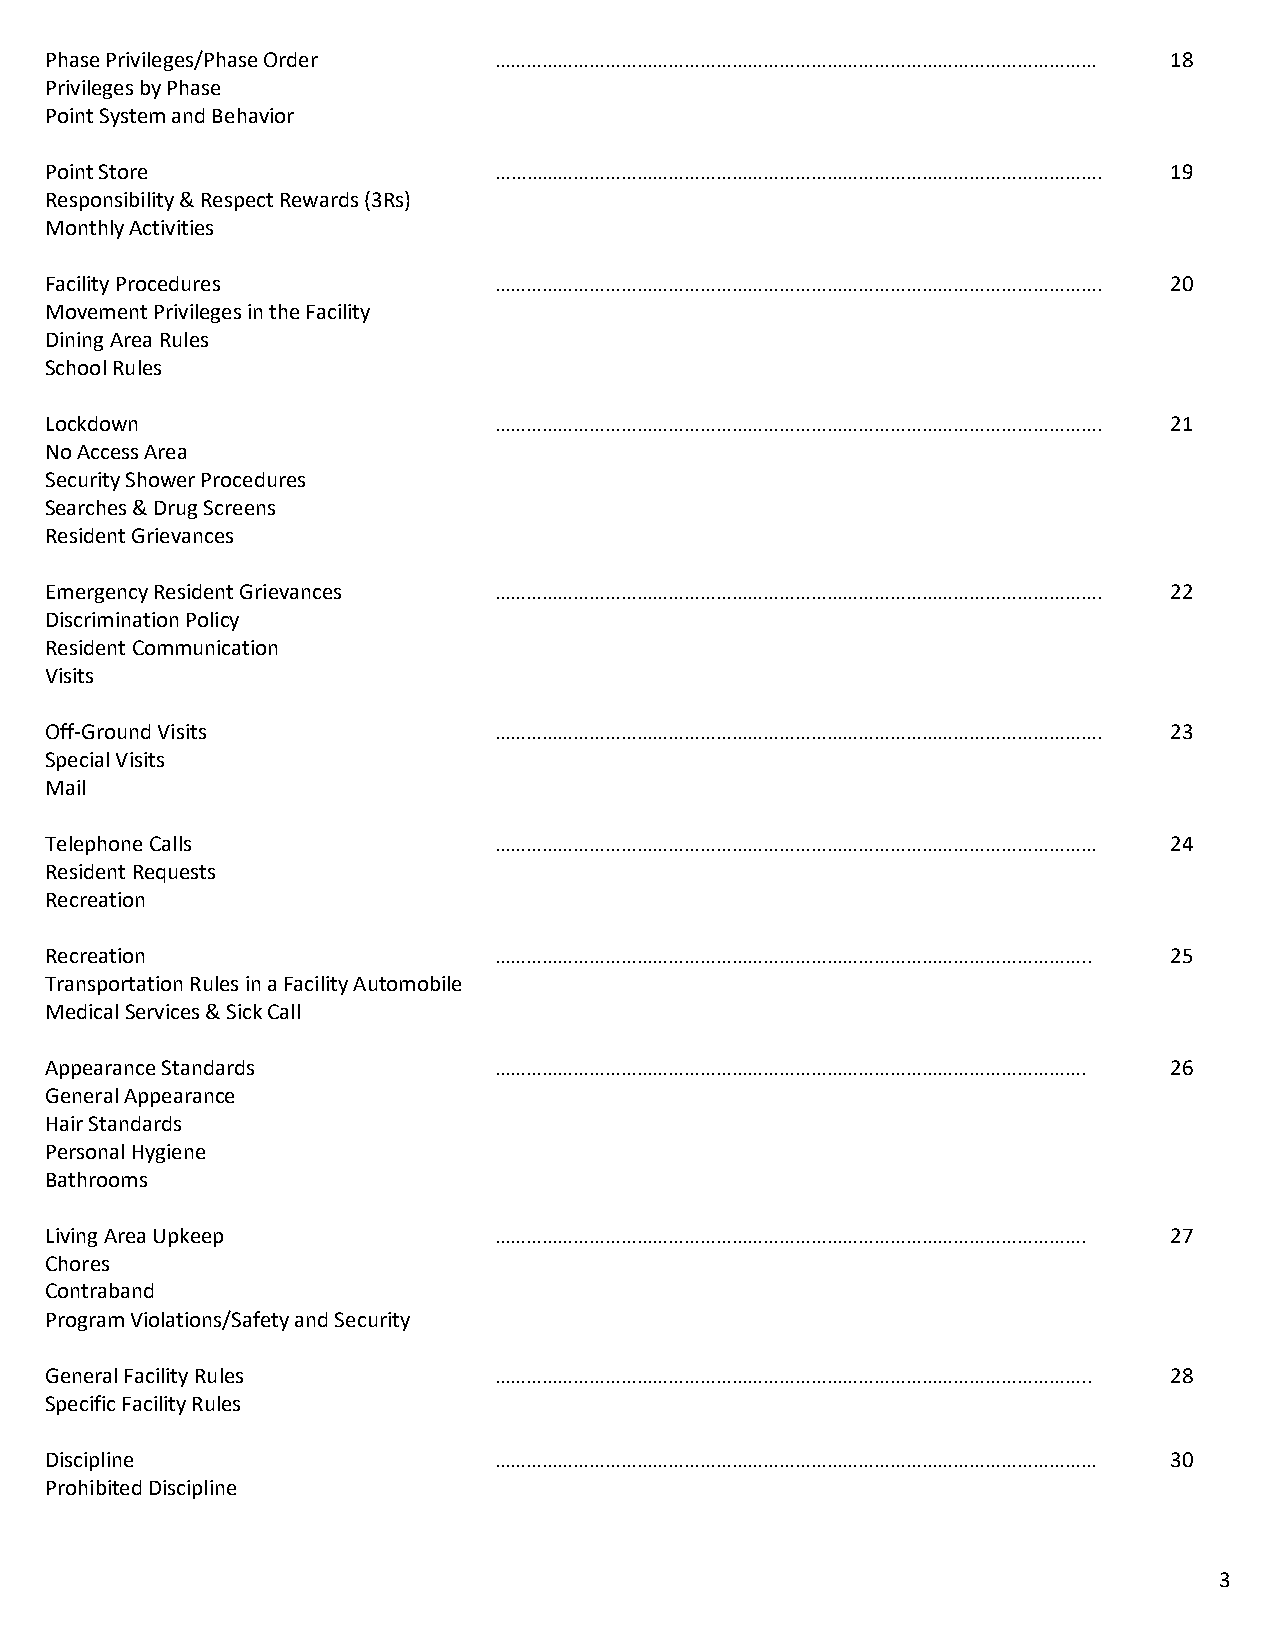
Phase Privileges/Phase Order  ……………………………………………………………………………………………………      18
 Privileges by Phase
 Point System and Behavior
 Point Store                   …………………………………………………………………………………………………….     19
 Responsibility & Respect Rewards (3Rs)
 Monthly Activities
 Facility Procedures           …………………………………………………………………………………………………….     20
 Movement Privileges in the Facility
 Dining Area Rules
 School Rules
 Lockdown                      …………………………………………………………………………………………………….     21
 No Access Area
 Security Shower Procedures
 Searches & Drug Screens
 Resident Grievances
 Emergency Resident Grievances …………………………………………………………………………………………………….     22
 Discrimination Policy
 Resident Communication
 Visits
 Off-Ground Visits             …………………………………………………………………………………………………….     23
 Special Visits
 Mail
 Telephone Calls               ……………………………………………………………………………………………………      24
 Resident Requests
 Recreation
 Recreation                    …………………………………………………………………………………………………..     25
 Transportation Rules in a Facility Automobile
 Medical Services & Sick Call
 Appearance Standards          ………………………………………………………………………………………………….      26
 General Appearance
 Hair Standards
 Personal Hygiene
 Bathrooms
 Living Area Upkeep            ………………………………………………………………………………………………….      27
 Chores
 Contraband
 Program Violations/Safety and Security
 General Facility Rules        …………………………………………………………………………………………………..     28
 Specific Facility Rules
 Discipline                    ……………………………………………………………………………………………………      30
 Prohibited Discipline
 3